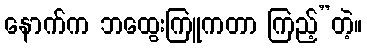
နောက်က ဘထွေးကြူကတာ ကြည့်”တဲ့။